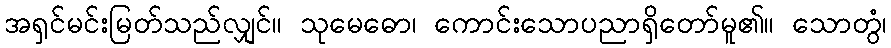
အရှင်မင်းမြတ်သည်လျှင်။ သုမေဓော၊ ကောင်းသောပညာရှိတော်မူ၏။ သောတွံ၊